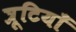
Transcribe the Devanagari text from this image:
त्रूटियाँ